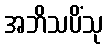
အဘိသပိံသု